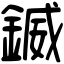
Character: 𨩆